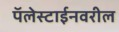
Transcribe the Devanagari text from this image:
पॅलेस्टाईनवरील